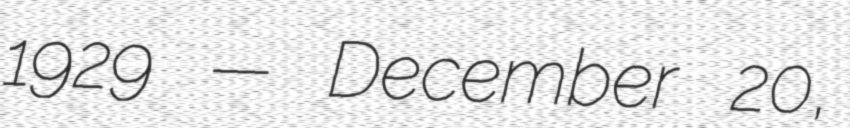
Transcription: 1929 — December 20,